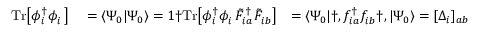
\begin{array} { r l r } { \mathrm { T r } \big [ \phi _ { i } ^ { \dagger } \phi _ { i } ^ { \phantom { \dagger } } \big ] } & { { } = \langle \Psi _ { 0 } | \Psi _ { 0 } \rangle = 1 \dag \mathrm { T r } \big [ \phi _ { i } ^ { \dagger } \phi _ { i } ^ { \phantom { \dagger } } \tilde { F } _ { i a } ^ { \dagger } \tilde { F } _ { i b } ^ { \phantom { \dagger } } \big ] } & { = \langle \Psi _ { 0 } | \dag , f _ { i a } ^ { \dagger } f _ { i b } ^ { \phantom { \dagger } } \dag , | \Psi _ { 0 } \rangle = [ \Delta _ { i } ] _ { a b } \qquad \forall \dag , a , b = 1 , . . . , B { \nu } _ { i } } \end{array}